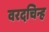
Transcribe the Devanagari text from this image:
वरदचिन्ह